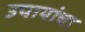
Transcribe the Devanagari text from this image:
उपायांचा